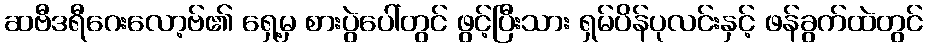
ဆဗီဒရီဂေးလော့ဗ်၏ ရှေ့မှ စားပွဲပေါ်တွင် ဖွင့်ပြီးသား ရှမ်ပိန်ပုလင်းနှင့် ဖန်ခွက်ထဲတွင်